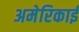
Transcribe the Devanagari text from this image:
अमेरिकाई